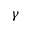
\gamma